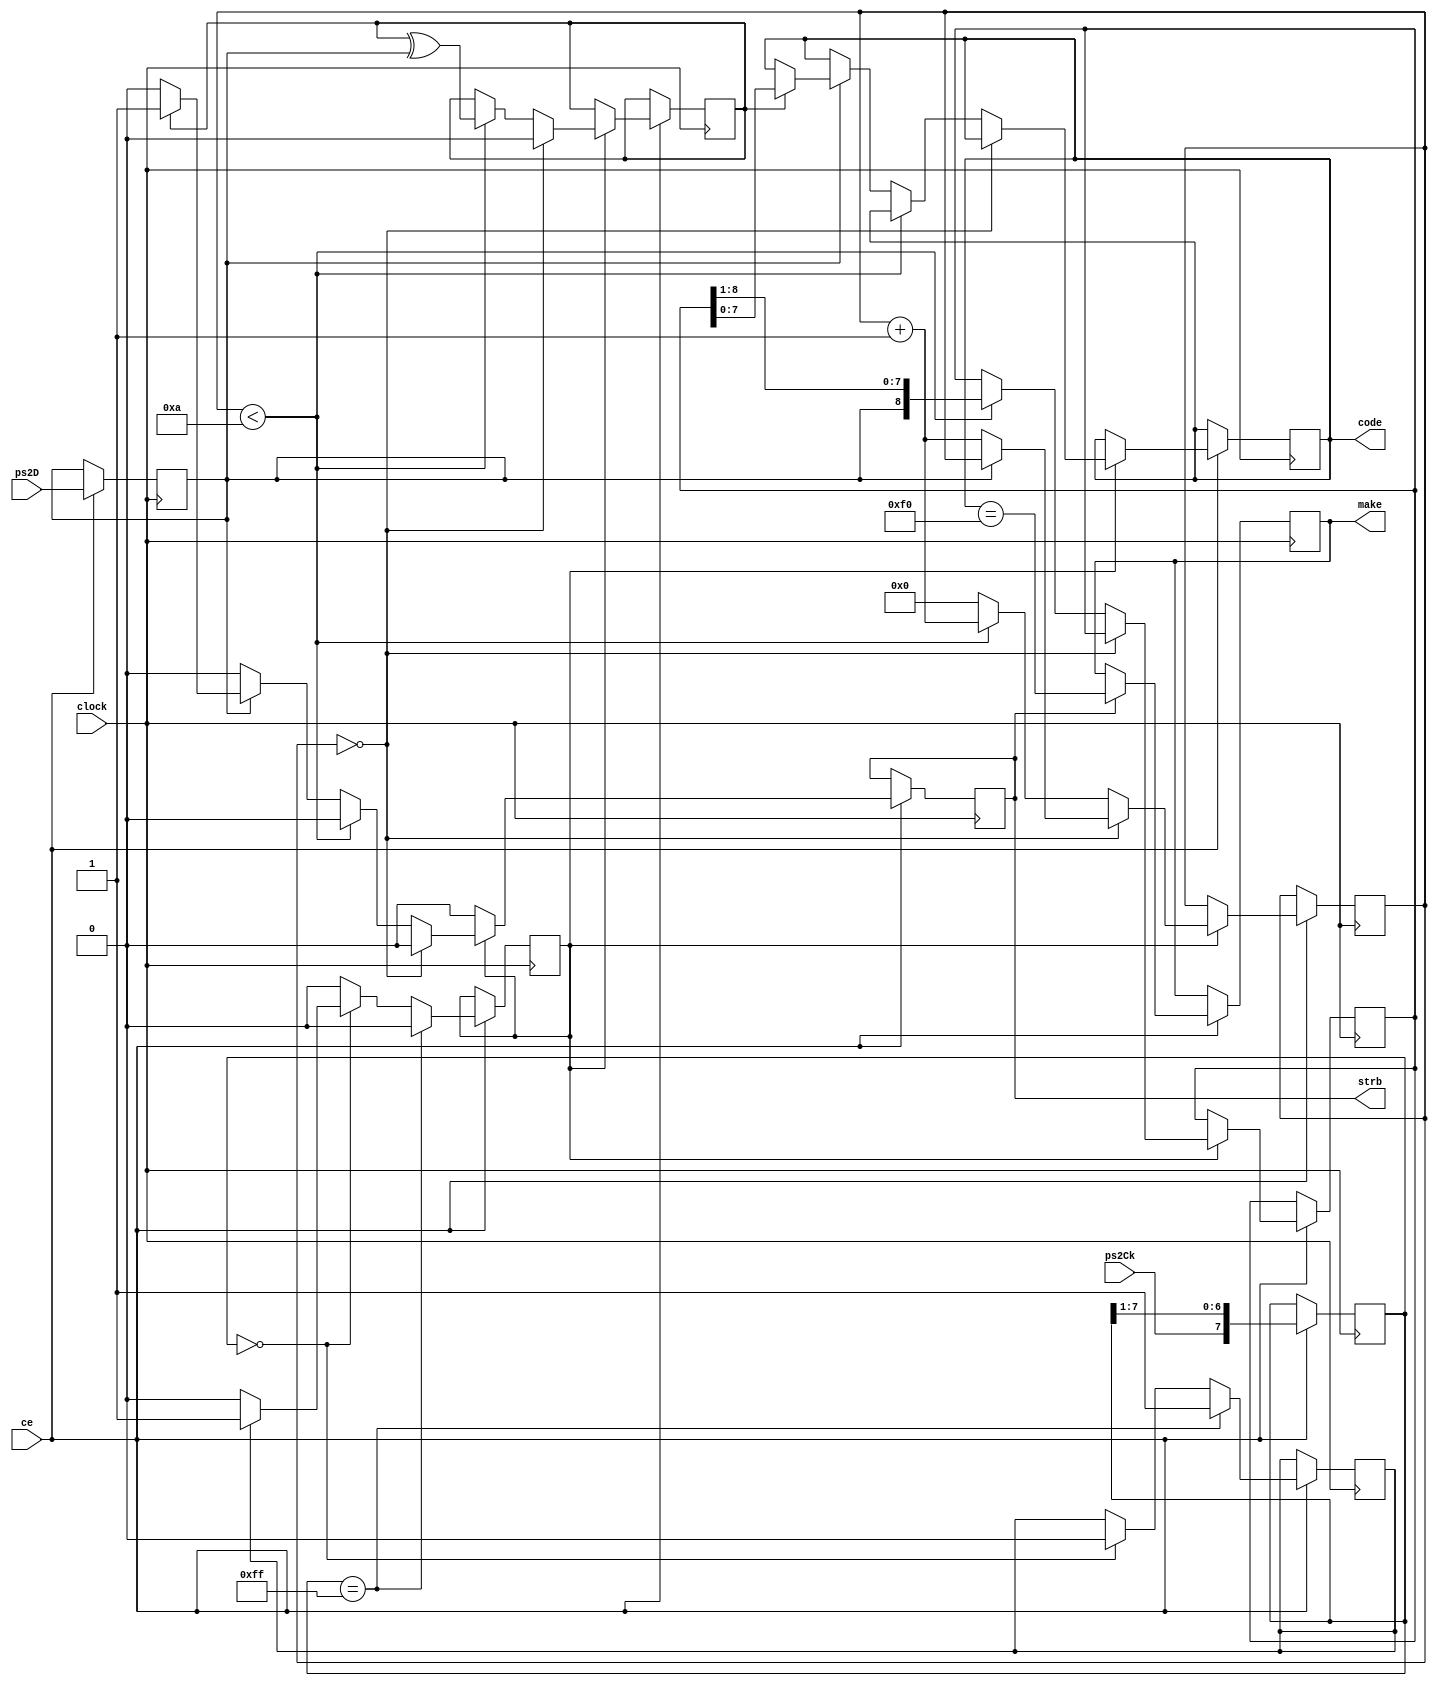
//-------------------------------------------------------------------------------------------------
module ps2
//-------------------------------------------------------------------------------------------------
(
	input  wire      clock,
	input  wire      ce,
	input  wire      ps2Ck,
	input  wire      ps2D,
	output reg       strb,
	output reg       make,
	output reg [7:0] code
);
//-------------------------------------------------------------------------------------------------

reg      ps2c;
reg      ps2n;
reg      ps2d;
reg[7:0] ps2f;

always @(posedge clock) if(ce)
begin
	ps2n <= 1'b0;
	ps2d <= ps2D;
	ps2f <= { ps2Ck, ps2f[7:1] };

	if(ps2f == 8'hFF)
	begin
		ps2c <= 1'b1;
	end
	else if(ps2f == 8'h00)
	begin
		ps2c <= 1'b0;
		if(ps2c) ps2n <= 1'b1;
	end
end

//-------------------------------------------------------------------------------------------------

reg parity;

reg[8:0] data;
reg[3:0] count;

always @(posedge clock) if(ce)
begin
	strb <= 1'b0;
	if(ps2n)
	begin
		if(count == 4'd0)
		begin
			parity <= 1'b0;
			if(!ps2d) count <= count+1'd1;
		end
		else
		begin
			if(count < 4'd10)
			begin
				data <= { ps2d, data[8:1] };
				count <= count+1'd1;
				parity <= parity ^ ps2d;
			end
			else if(ps2d)
			begin
				count <= 1'd0;
				if(parity)
				begin
					strb <= 1'b1;
					code <= data[7:0];
				end
			end
			else count <= 1'd0;
		end
	end
end 

//-------------------------------------------------------------------------------------------------

always @(posedge clock) if(ce) if(strb) make <= code == 8'hF0;

//-------------------------------------------------------------------------------------------------
endmodule
//-------------------------------------------------------------------------------------------------